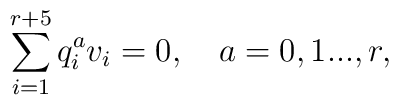
\sum\limits_{i=1}^{r+5} q^a_iv_i=0,\quad  a=0,1...,r,